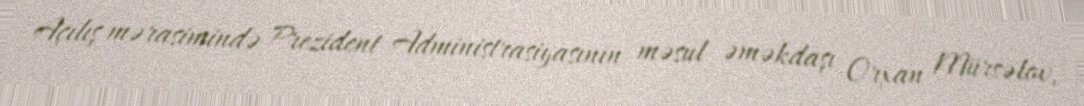
Açılış mərasimində Prezident Administrasiyasının məsul əməkdaşı Orxan Mürsəlov,